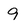
Character: 9